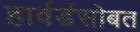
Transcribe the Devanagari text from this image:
हार्वर्डसोबत